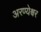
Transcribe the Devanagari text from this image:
अरण्येश्वर